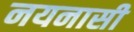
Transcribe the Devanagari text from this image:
नयनासी